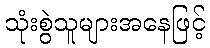
သုံးစွဲသူများအနေဖြင့်